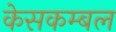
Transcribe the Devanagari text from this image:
केसकम्बल